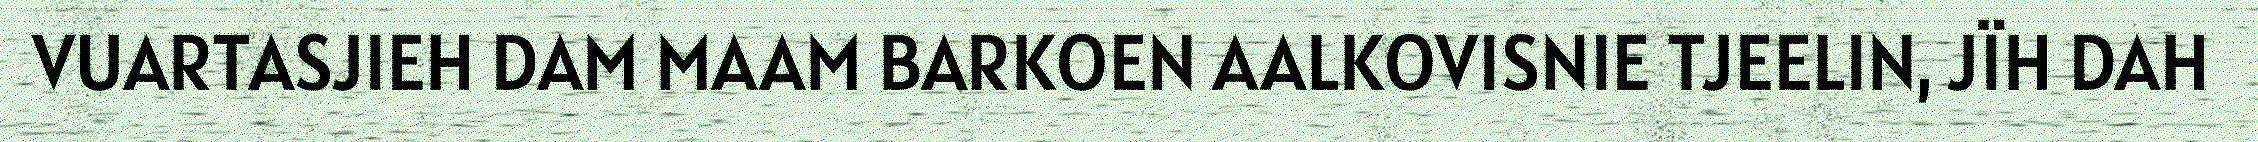
VUARTASJIEH DAM MAAM BARKOEN AALKOVISNIE TJEELIN, JÏH DAH